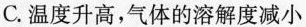
C.温度升高，气体的溶解度减小